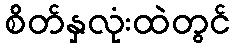
စိတ်နှလုံးထဲတွင်